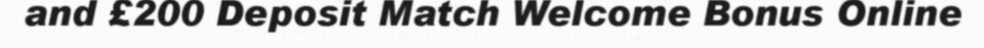
and £200 Deposit Match Welcome Bonus Online